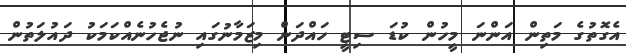
އެގޮތުގެ މަތިން އަންނަ މީހުން ކުޑަ ސިޓީ ހައްދަން މިޒަމާނުގައި ނުޖެހުނެއްކަމަކު ދައުލަތުން